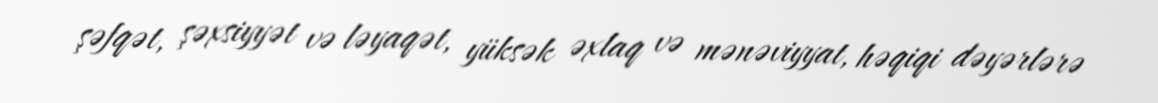
şəfqət, şəxsiyyət və ləyaqət, yüksək əxlaq və mənəviyyat, həqiqi dəyərlərə